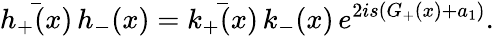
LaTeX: \bar{h_{+}(x)}\, h_{-}(x)=\bar{k_{+}(x)}\, k_{-}(x)\, e^{2is(G_{+}(x)+a_{1})}.